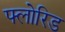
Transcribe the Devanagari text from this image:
फ्लोरिड